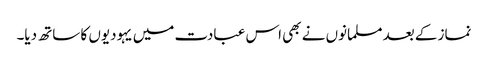
نماز کے بعد مسلمانوں نے بھی اس عبادت میں یہودیوں کا ساتھ دیا۔